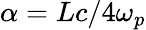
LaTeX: \alpha=Lc/4\omega_{p}